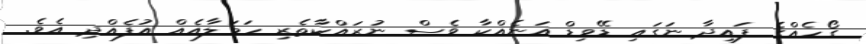
ގޯހެއްގެ ފައިދާ ނަގައި ޑޭވިޑް އަނެއްކާ ވެސް ނުރައްކާތެރި ހަމަލާއެއް އުފެއްދި އެވެ.